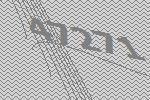
47271